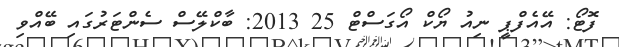
ފޮޓޯ: އޭއެފްޕީ ނިއު ޔޯކް އޯގަސްޓް 25 2013: ބާކްލޭސް ސެންޓަރުގައި ބޭއްވި